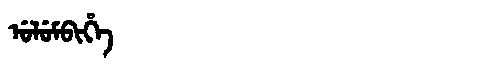
Manchu: ᡠᠯᡠᠮᠪᡳᡥᡝ
Romanization: ULUMBIHE